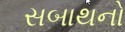
સબાથનો